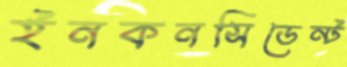
ইনকনসিডেন্ট